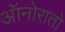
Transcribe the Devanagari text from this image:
ऑनोरातो